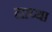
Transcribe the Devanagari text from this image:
नाप्था